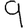
Digit: 9